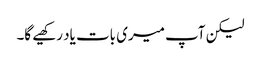
لیکن آپ میری بات یاد رکھیے گا۔